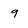
Character: g